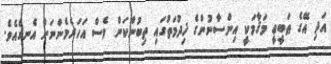
އަދި އޭގެ ޠަބީޢީ މަޤާމަކީ އިންސާނުންގެ ޚިދުމަތުގައި ތިބުންކަން ވެސް އަހަރެމެންނަށް އެނގެއެވެ.